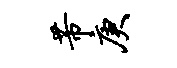
芾庚